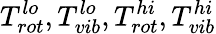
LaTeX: T_{rot}^{lo},T_{vib}^{lo},T_{rot}^{hi},T_{vib}^{hi}